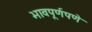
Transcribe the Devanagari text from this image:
भावपूर्णपणे